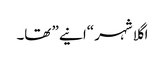
اگلا شہر “انیے” تھا۔